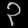
Digit: ၃